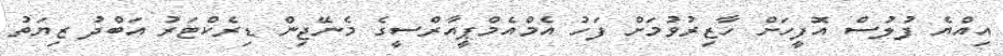
އިއްޔެ ފުލުސް އޮފީހަށް ހާޒިރުވުމަށް ފަހު އެމްއެމްޕީއާރްސީގެ މެނޭޖިން ޑިރެކްޓަރު އަބްދު ޒިޔަތު